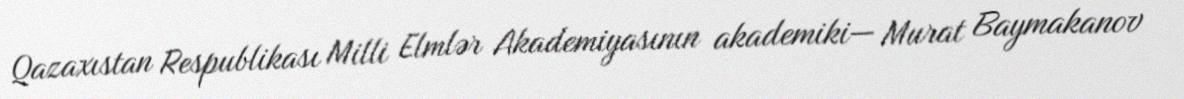
Qazaxıstan Respublikası Milli Elmlər Akademiyasının akademiki— Murat Baymakanov